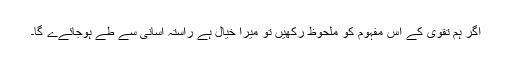
اگر ہم تقوی کے اس مفہوم کو ملحوظ رکھیں تو میرا خیال ہے راستہ آسانی سے طے ہوجائےے گا۔